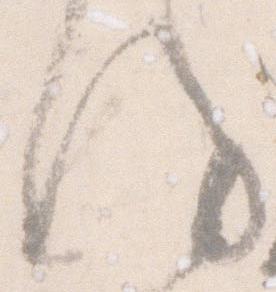
謹